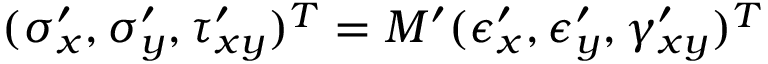
( \sigma _ { x } ^ { \prime } , \sigma _ { y } ^ { \prime } , \tau _ { x y } ^ { \prime } ) ^ { T } = M ^ { \prime } ( \epsilon _ { x } ^ { \prime } , \epsilon _ { y } ^ { \prime } , \gamma _ { x y } ^ { \prime } ) ^ { T }